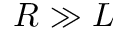
R \gg L